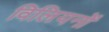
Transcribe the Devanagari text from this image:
विलियनों